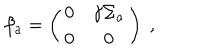
\beta _ { a } = \left( \begin{matrix} { { 0 } } & { { \gamma \Sigma _ { a } } } \\ { { 0 } } & { { 0 } } \\ \end{matrix} \right) ~ ,